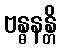
ဗန္ဓနန္တိ